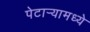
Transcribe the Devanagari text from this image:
पेटार्‍यामध्ये